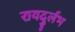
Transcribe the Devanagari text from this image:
रायदुर्लभ